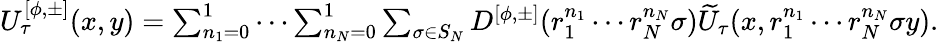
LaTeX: \begin{array}{r}{U_{\tau}^{[\phi,\pm]}(x,y)=\sum_{n_{1}=0}^{1}\cdots\sum_{n_{N}=0}^{1}\sum_{\sigma\in S_{N}}D^{[\phi,\pm]}(r_{1}^{n_{1}}\cdots r_{N}^{n_{N}}\sigma)\widetilde{U}_{\tau}(x,r_{1}^{n_{1}}\cdots r_{N}^{n_{N}}\sigma y).}\end{array}